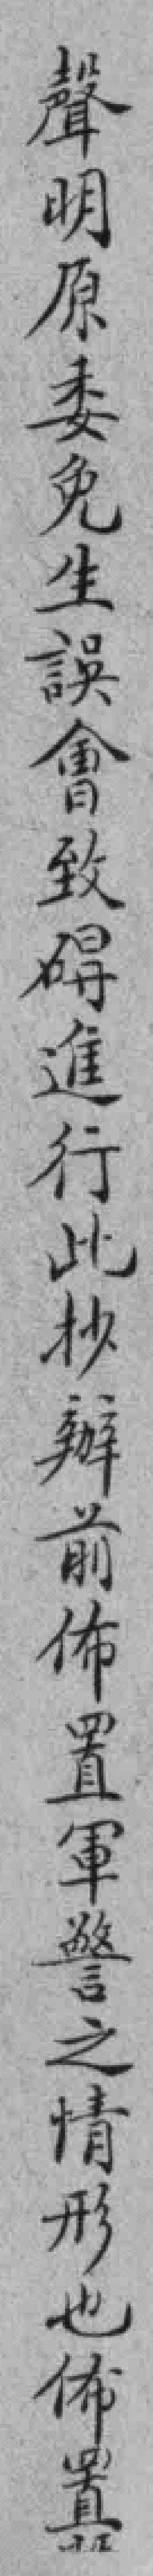
聲明原委免生誤會致碍進行此抄辦前佈置軍警之情形也佈置*